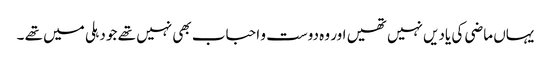
یہاں ماضی کی یادیں نہیں تھیں اور وہ دوست و احباب بھی نہیں تھے جو دہلی میں تھے ۔